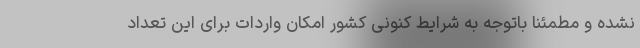
نشده و مطمئنا باتوجه به شرایط کنونی کشور امکان واردات برای این تعداد